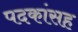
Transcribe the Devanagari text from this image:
पदकांसह